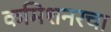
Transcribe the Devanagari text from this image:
कमिशनरचा